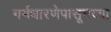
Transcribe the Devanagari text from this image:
गर्भधारणेपासूनच्या